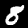
Label: 8